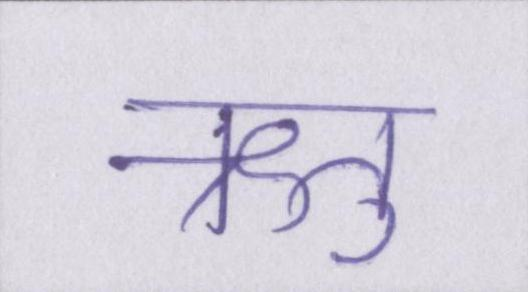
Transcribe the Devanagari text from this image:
ऋतु